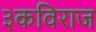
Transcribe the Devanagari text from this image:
३कविराज